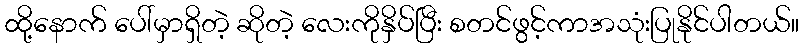
ထို့နောက် ပေါ်မှာရှိတဲ့ ဆိုတဲ့ လေးကိုနှိပ်ပြီး စတင်ဖွင့်ကာအသုံးပြုနိုင်ပါတယ်။